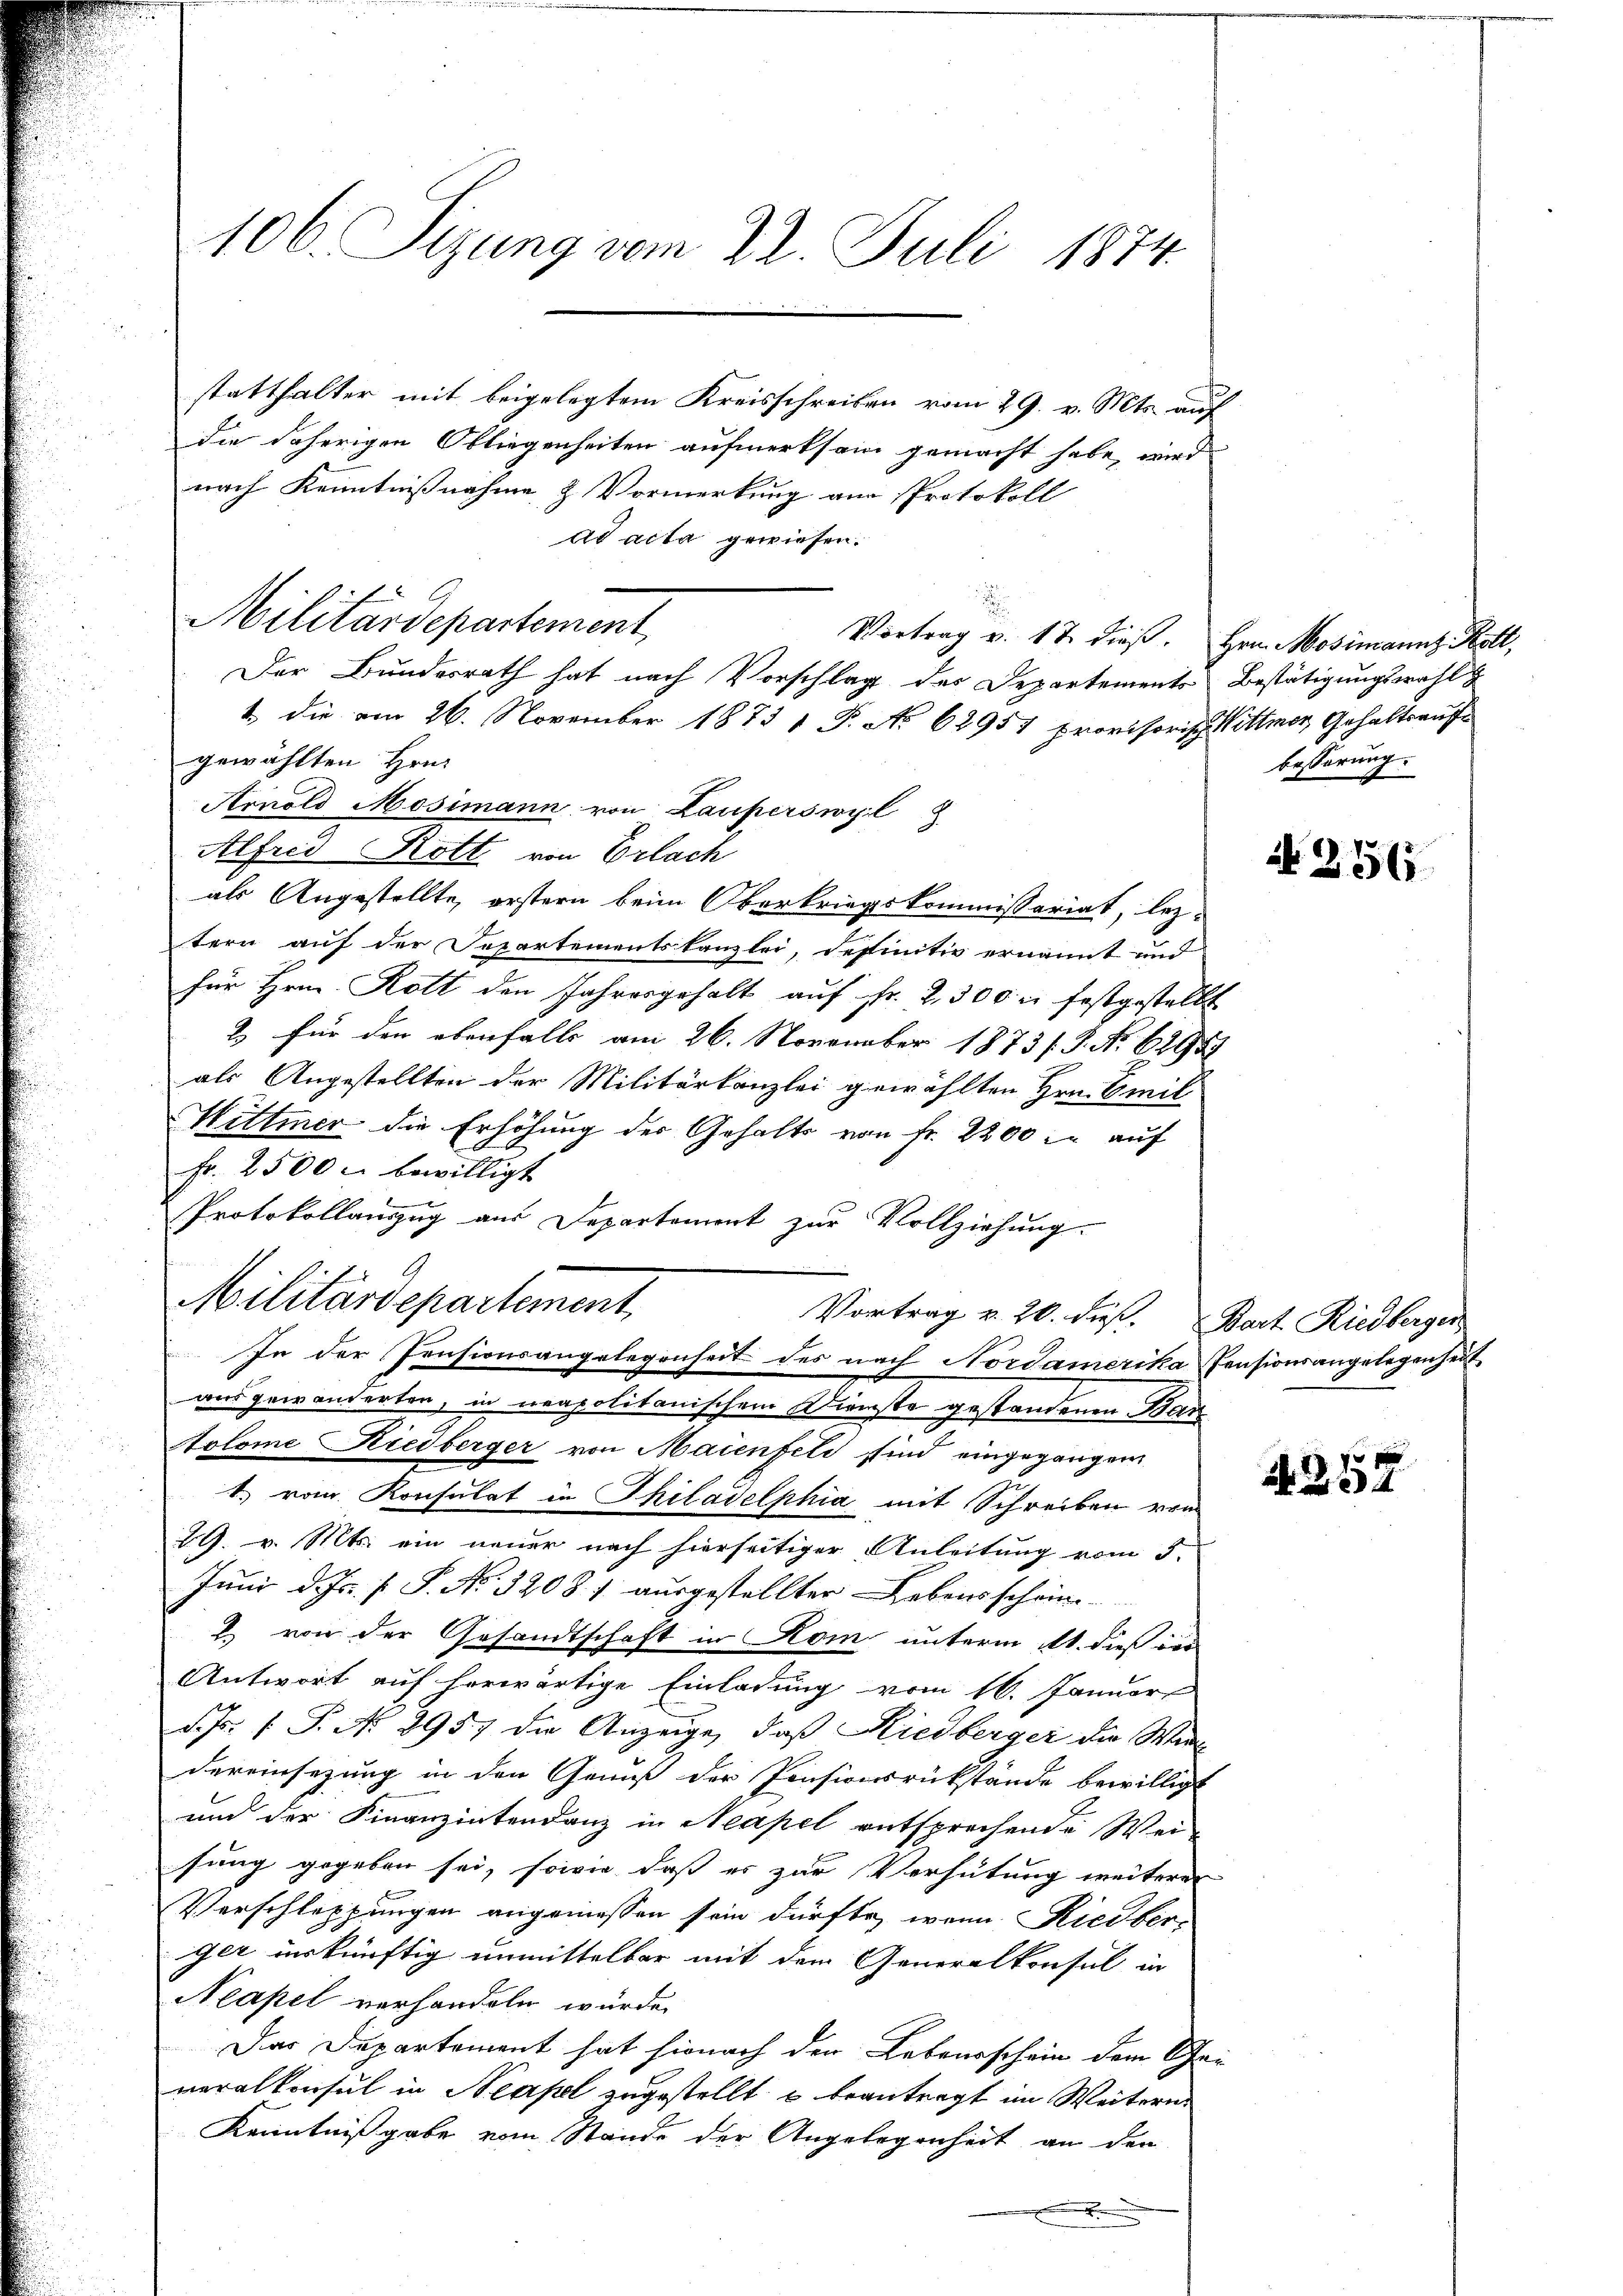
106. Sizung vom 22. Juli 1874.

statthalter mit beigelegtem Kreisschreiben vom 29. v. Mts. auf
die daherigen Obliegenheiten aufmerksam gemacht habe, wird
nach Kenntnißnahme & Vormerkung am Protokoll
ad acta gewiesen.
Vortrag v. 17. dieß. Hrn. Mosimanns Kott,
Der Bundesrath hat nach Vorschlag des Departements Bestätigungswahl
1., die am 26. November 1873 1 P. No 62957 provisorisch Vittmer, Gehaltsaufs
gewählten Hrn.
Arnold Mosimann von Lauperswyl
Alfred Rott von Erlach
als Angestellte, erstern beim Oberkriegskommissariat, leztern auf der Separtementskanzlei, dessinitiv ernannt und
für Hrn. Rott den Jahresgehalt aŭf Fr. 2300 u. festgestellt
2 für den ebenfalls am 26. November 1873/. P. Nr. 62951
als Angestellten der Militärkanzlei gewählten Hrn. Emil
Hittmer die Erhöhung der Gehalts von fr. 2200 l. auf
Fr. 2500 c. bewilligt
Protokollanzug aus Departement zur Vollziehung.
Militärdepartement
Vortrag v. 20. dies. Bart Riedberger
In der Pensionsangelegenheit des nach Nordamerika Pensionsangelegenheit
aus gewänderten, in neapolitanischem Dienste gestandenen Bar
Aolome Riedberger von Maienfeld sind eingegangen
1. vom Konsulat in Philadelphia mit Schreiben von
29. v. Mts. ein neuer nach hierseitiger Anleitung vom 5.
Juni d. Js. f. P. No. 3208 f. ausgestellter Lebensscheine
2. von der Gesandtschaft in Rom unterm 11. dieß der
Antwort auf herwärtige Einladung vom 16. Januar
d.J. P. No. 2957 die Anzeige, daß Riedberger die Wa
dereinsezung in den Genuß der Pensionsrükstände bewilligt
und der Finanzintendanz in Neapel entsprechende Wei-
sung gegeben sei, sowie daß es zur Verhütung weiterer
Verschleppungen angemessen sein dürfte, wenn Riedber-
ger unkünftig unmittelbar mit dem Generalkonsul in
Neapel verhandeln würde.
Das Departement hat hienach den Lebenschein dem Generalkonsul in Neapel zugestellt u beantragt im Weitern
Kenntnißgabe vom Stande der Angelegenheit an den

Militärdepartement

bösserung.

N 256

357